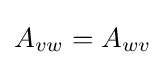
A_{vw}=A_{wv}